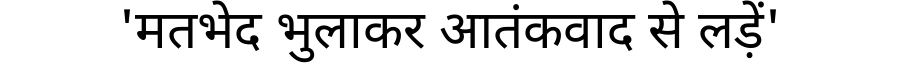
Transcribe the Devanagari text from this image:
'मतभेद भुलाकर आतंकवाद से लड़ें'